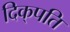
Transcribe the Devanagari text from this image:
दिक्‌पति